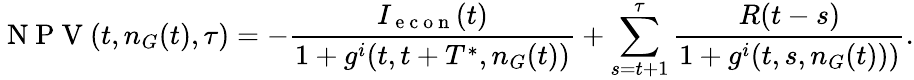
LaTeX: \mathrm{~N~P~V~}(t,n_{G}(t),\tau)=-\frac{I_{\mathrm{~e~c~o~n~}}(t)}{1+g^{i}(t,t+T^{*},n_{G}(t))}+\sum_{s=t+1}^{\tau}\frac{R(t-s)}{1+g^{i}(t,s,n_{G}(t)))}.